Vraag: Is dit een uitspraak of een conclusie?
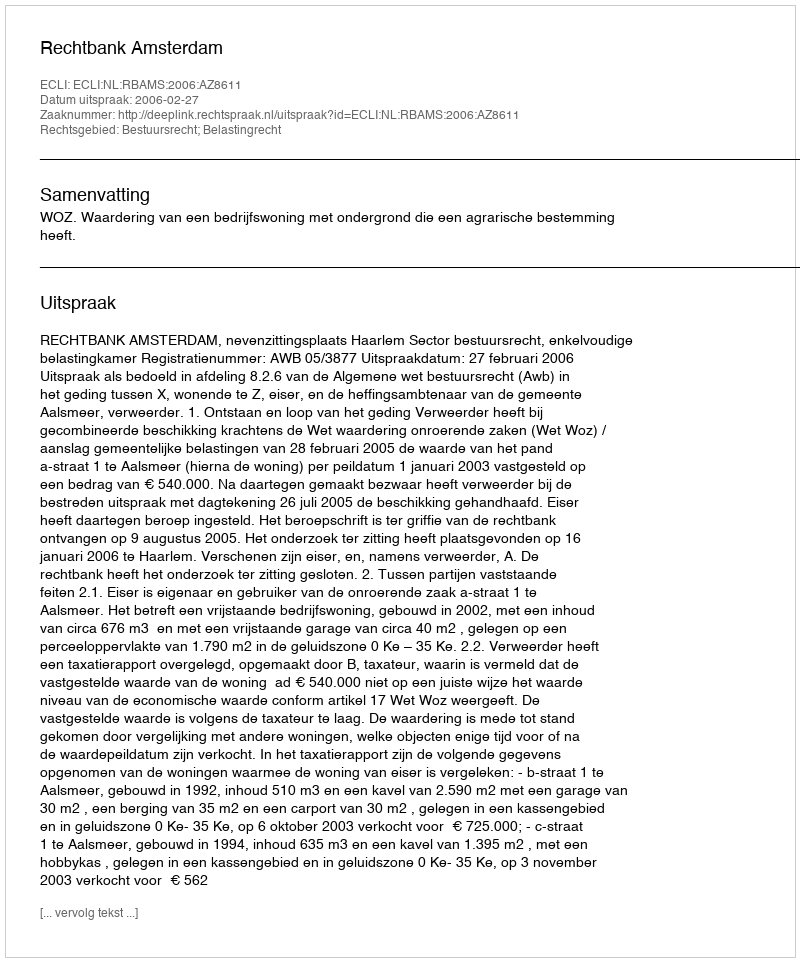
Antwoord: Uitspraak